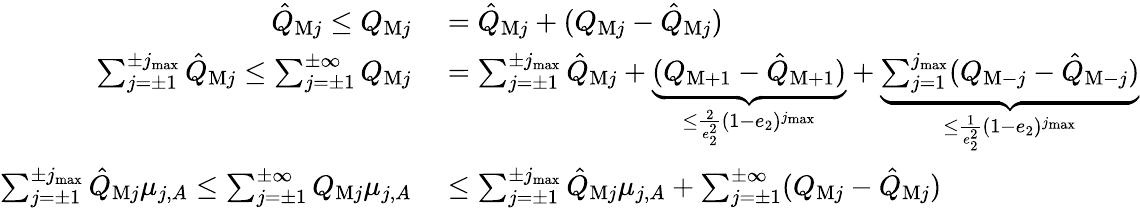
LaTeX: \begin{array}{rl}{\hat{Q}_{\mathrm{M}j}\le Q_{\mathrm{M}j}}&{{}=\hat{Q}_{\mathrm{M}j}+(Q_{\mathrm{M}j}-\hat{Q}_{\mathrm{M}j})}\\ {\sum_{j=\pm 1}^{\pm j_{\operatorname*{max}}}\hat{Q}_{\mathrm{M}j}\le\sum_{j=\pm 1}^{\pm\infty}Q_{\mathrm{M}j}}&{{}=\sum_{j=\pm 1}^{\pm j_{\operatorname*{max}}}\hat{Q}_{\mathrm{M}j}+\underbrace{(Q_{\mathrm{M}+1}-\hat{Q}_{\mathrm{M}+1})}_{\le\frac{2}{e_{2}^{2}}(1-e_{2})^{j_{\operatorname*{max}}}}+\underbrace{\sum_{j=1}^{j_{\operatorname*{max}}}(Q_{\mathrm{M}-j}-\hat{Q}_{\mathrm{M}-j})}_{\le\frac{1}{e_{2}^{2}}(1-e_{2})^{j_{\operatorname*{max}}}}}\\ {\sum_{j=\pm 1}^{\pm j_{\operatorname*{max}}}\hat{Q}_{\mathrm{M}j}\mu_{j,A}\le\sum_{j=\pm 1}^{\pm\infty}Q_{\mathrm{M}j}\mu_{j,A}}&{{}\le\sum_{j=\pm 1}^{\pm j_{\operatorname*{max}}}\hat{Q}_{\mathrm{M}j}\mu_{j,A}+\sum_{j=\pm 1}^{\pm\infty}(Q_{\mathrm{M}j}-\hat{Q}_{\mathrm{M}j})}\end{array}